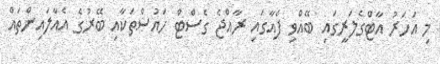
މި އަހަރު އާޓްގެލަރީގައި ބޭއްވި ފެއާގައި ރާއްޖެ ގެސްޓް ހައުސްތަކާއި ބޭރުގެ އެއާލައިންތައް